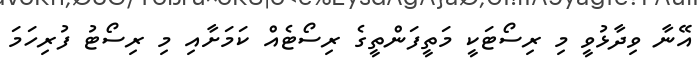
އޭނާ ވިދާޅުވީ މި ރިސޯޓަކީ މަތީފަންތީގެ ރިސޯޓެއް ކަމަށާއި މި ރިސޯޓު ފުރިހަމަ